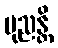
ပုညန္တိ